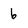
Character: 6